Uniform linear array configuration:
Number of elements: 48
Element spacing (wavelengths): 0.75
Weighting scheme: kaiser
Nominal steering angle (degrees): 15
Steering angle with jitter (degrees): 14.985
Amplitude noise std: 0.05
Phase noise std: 0.05

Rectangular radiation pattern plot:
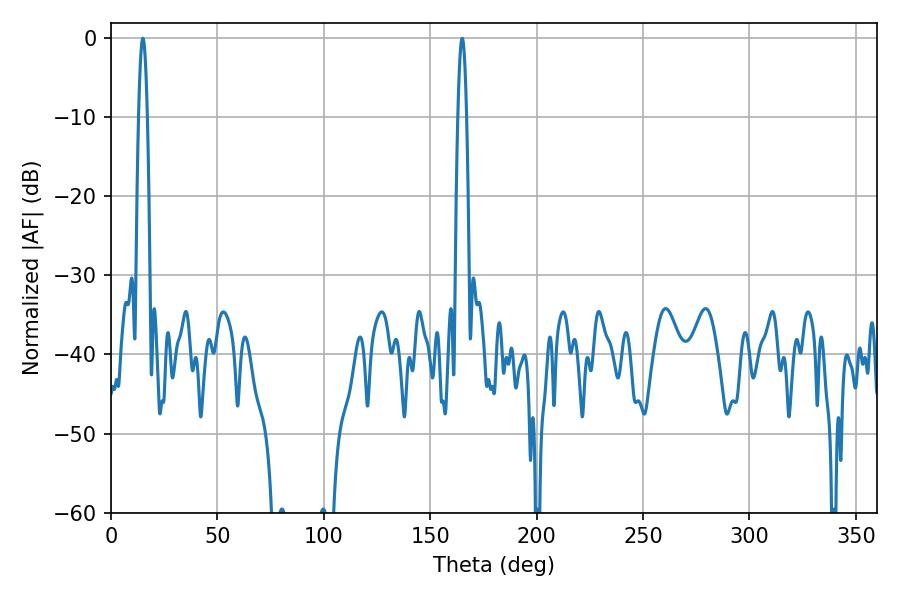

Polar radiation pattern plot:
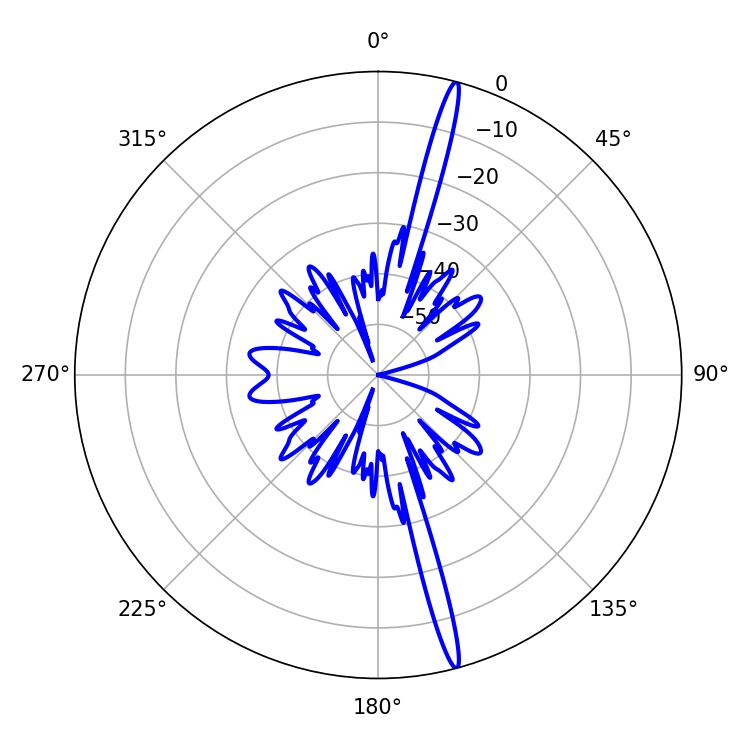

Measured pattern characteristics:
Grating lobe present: TRUE
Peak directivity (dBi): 19.543
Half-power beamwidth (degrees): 2.16
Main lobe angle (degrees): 14.94